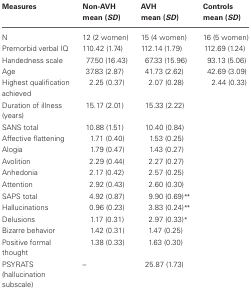
<table><thead><tr><td><b>Measures</b></td><td><b>Non-AVH mean (<i>SD</i>)</b></td><td><b>AVH mean (<i>SD</i>)</b></td><td><b>Controls mean (<i>SD</i>)</b></td></tr></thead><tbody><tr><td>N</td><td>12 (2 women)</td><td>15 (4 women)</td><td>16 (5 women)</td></tr><tr><td>Premorbid verbal IQ</td><td>110.42 (1.74)</td><td>112.14 (1.79)</td><td>112.69 (1.24)</td></tr><tr><td>Handedness scale</td><td>77.50 (16.43)</td><td>67.33 (15.96)</td><td>93.13 (5.06)</td></tr><tr><td>Age</td><td>37.83 (2.87)</td><td>41.73 (2.62)</td><td>42.69 (3.09)</td></tr><tr><td>Highest qualification achieved</td><td>2.25 (0.37)</td><td>2.07 (0.28)</td><td>2.44 (0.33)</td></tr><tr><td>Duration of illness (years)</td><td>15.17 (2.01)</td><td>15.33 (2.22)</td><td></td></tr><tr><td>SANS total</td><td>10.88 (1.51)</td><td>10.40 (0.84)</td><td></td></tr><tr><td>Affective flattening</td><td>1.71 (0.40)</td><td>1.53 (0.25)</td><td></td></tr><tr><td>Alogia</td><td>1.79 (0.47)</td><td>1.43 (0.27)</td><td></td></tr><tr><td>Avolition</td><td>2.29 (0.44)</td><td>2.27 (0.27)</td><td></td></tr><tr><td>Anhedonia</td><td>2.17 (0.42)</td><td>2.57 (0.25)</td><td></td></tr><tr><td>Attention</td><td>2.92 (0.43)</td><td>2.60 (0.30)</td><td></td></tr><tr><td>SAPS total</td><td>4.92 (0.87)</td><td>9.90 (0.69)<sup>**</sup></td><td></td></tr><tr><td>Hallucinations</td><td>0.96 (0.23)</td><td>3.83 (0.24)<sup>**</sup></td><td></td></tr><tr><td>Delusions</td><td>1.17 (0.31)</td><td>2.97 (0.33)<sup>*</sup></td><td></td></tr><tr><td>Bizarre behavior</td><td>1.42 (0.31)</td><td>1.47 (0.25)</td><td></td></tr><tr><td>Positive formal thought</td><td>1.38 (0.33)</td><td>1.63 (0.30)</td><td></td></tr><tr><td>PSYRATS (hallucination subscale)</td><td>–</td><td>25.87 (1.73)</td><td></td></tr></tbody></table>